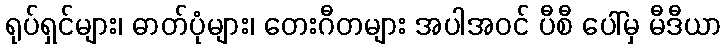
ရုပ်ရှင်များ၊ ဓာတ်ပုံများ၊ တေးဂီတများ အပါအဝင် ပီစီ ပေါ်မှ မီဒီယာ